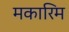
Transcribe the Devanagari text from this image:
मकारिम